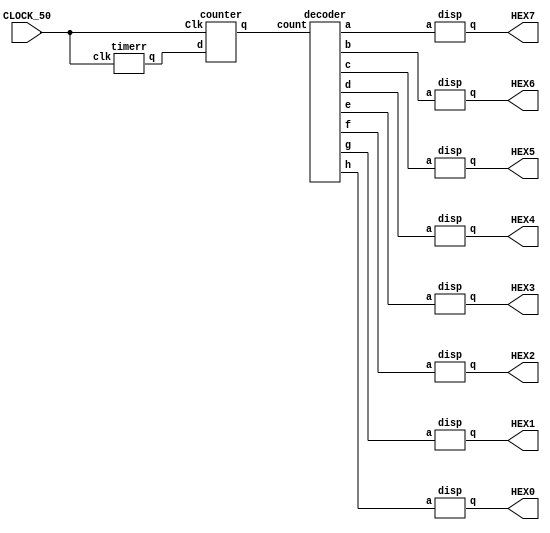
module part5(CLOCK_50,HEX0,HEX1,HEX2,HEX3,HEX4,HEX5,HEX6,HEX7);
input CLOCK_50;
output [6:0] HEX0,HEX1,HEX2,HEX3,HEX4,HEX5,HEX6,HEX7;

wire sn;

wire [3:0] count;

wire  [2:0] a,b,c,d,e,f,g,h;

timerr t0(CLOCK_50,sn);
counter c0(sn,CLOCK_50,count);

decoder d0(count,a,b,c,d,e,f,g,h);


disp dis0(h,HEX0);
disp dis1(g,HEX1);
disp dis2(f,HEX2);
disp dis3(e,HEX3);

disp dis4(d,HEX4); 
disp dis5(c,HEX5); 
disp dis6(b,HEX6); 
disp dis7(a,HEX7);

endmodule


module disp(a,q);

input [2:0]a;
 
output [6:0]q;
    
 
assign q[0]=~((~a[2]&a[1]&a[0])|(~a[2]&~a[1]&a[0]));
 
assign q[1]=~((~a[2]&a[1]&a[0])|(~a[2]&~a[1]&~a[0]));
 
assign q[2]=~((~a[2]&a[1]&a[0])|(~a[2]&~a[1]&~a[0]));
 
assign q[3]=(~a[2]&~a[1]&~a[0])|a[2];
 assign q[4]=a[2];
 
assign q[5]=a[2];
 assign q[6]=~((~a[2]&~a[1]&a[0])|(~a[2]&~a[1]&~a[0]));
    

endmodule


module counter(d,Clk,q);

input d,Clk;
output [3:0] q;
reg [3:0] qa;
always @(posedge Clk)
begin
if(d)
begin
qa<=qa+1;
if(qa==7)
qa<=0;
end
end
assign q=qa;
endmodule
module decoder(count,a,b,c,d,e,f,g,h);
input [3:0] count;
reg [2:0] wa,wb,wc,wd,we,wf,wg,wh;

output [2:0] a,b,c,d,e,f,g,h;

always @(wa,wb,wc,wd,we,wf,wg,wh)
begin
case(count)
	0: begin wh<=3'b011; wg<=3'b010; wf<=3'b010; we<=3'b001; wd<=3'b000; wc<=3'b100; wb<=3'b100; wa<=3'b100;end
	1: begin wg<=3'b011; wf<=3'b010; we<=3'b010; wd<=3'b001; wc<=3'b000; wb<=3'b100; wa<=3'b100; wh<=3'b100;end
	2: begin wf<=3'b011; we<=3'b010; wd<=3'b010; wc<=3'b001; wb<=3'b000; wa<=3'b100; wh<=3'b100; wg<=3'b100;end
	3: begin we<=3'b011; wd<=3'b010; wc<=3'b010; wb<=3'b001; wa<=3'b000; wh<=3'b100; wg<=3'b100; wf<=3'b100;end
	4: begin wd<=3'b011; wc<=3'b010; wb<=3'b010; wa<=3'b001; wh<=3'b000; wg<=3'b100; wf<=3'b100; we<=3'b100;end
	5: begin wc<=3'b011; wb<=3'b010; wa<=3'b010; wh<=3'b001; wg<=3'b000; wf<=3'b100; we<=3'b100; wd<=3'b100;end
	6: begin wb<=3'b011; wa<=3'b010; wh<=3'b010; wg<=3'b001; wf<=3'b000; we<=3'b100; wd<=3'b100; wc<=3'b100;end
	7: begin wa<=3'b011; wh<=3'b010; wg<=3'b010; wf<=3'b001; we<=3'b000; wd<=3'b100; wc<=3'b100; wb<=3'b100;end
endcase
end

assign a=wa; 
assign b=wb; 
assign c=wc; 
assign d=wd; 
assign e=we; 
assign f=wf; 
assign g=wg; 
assign h=wh;
endmodule

module timerr(clk,q);
input clk;
output q;
reg [25:0] a;
reg qa;
always @(posedge clk)
begin
if(a==50000000)
begin
qa<=1;
a<=0;
end
else
begin
qa<=0;
a<=a+1;
end
end
assign q=qa;
endmodule